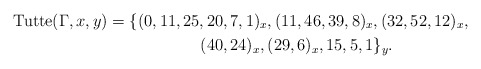
\begin{gather*}{\rm Tutte}(\Gamma,x,y)= \{(0,11,25,20,7,1)_{x}, (11,46,39,8)_{x}, (32,52,12)_{x},\\ \hphantom{{\rm Tutte}(\Gamma,x,y)=}{} (40,24)_{x}, (29,6)_{x}, 15, 5, 1 \}_{y}. \end{gather*}